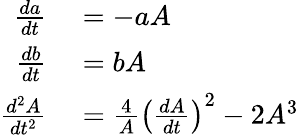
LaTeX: \begin{array}{rl}{\frac{da}{dt}}&{{}=-aA}\\ {\frac{db}{dt}}&{{}=bA}\\ {\frac{d^{2}A}{dt^{2}}}&{{}=\frac{4}{A}\left(\frac{dA}{dt}\right)^{2}-2A^{3}}\end{array}